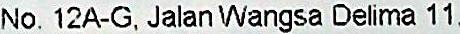
NO. 12A-G, JALAN WANGSA DELIMA 11,